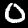
Digit: 0